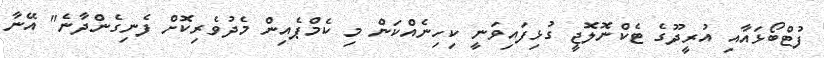
ފުޓްބޯޅައާއި އުރީދޫގެ ޓެކްނޮލޮޖީ ގުޅިފައިވަނީ ކިހިނެއްކަން މި ކެމްޕެއިން މެދުވެރިކޮށް ފެނިގެންދާނެ" އޭނާ